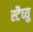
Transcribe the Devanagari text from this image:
स्टैच्यु